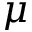
\mu